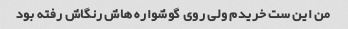
من این ست خریدم ولی روی گوشواره هاش رنگاش رفته بود